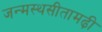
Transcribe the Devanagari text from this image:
जन्मस्थसीतामढ़ी